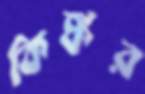
কিঙ্কর